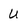
Character: U